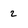
Character: 2